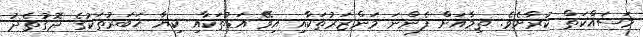
މަަސައްކަތް ކުރާށެވެ. ތިމާއަށް ފެންނަ މަންޒަރުތަކާއި އިވޭ އަޑުތަކާއި ކިޔާ ޚަބަރުތަކުގެ ދޮގުތެދު